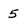
Character: 5